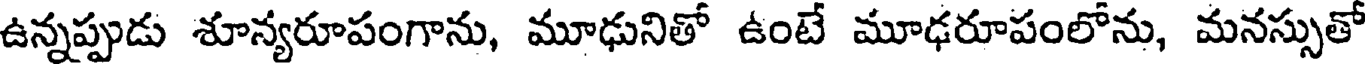
ఉన్నప్పుడు శూన్యరూపంగాను, మూఢునితో ఉంటే మూఢరూపంలోను, మనస్సుతో